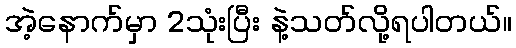
အဲ့နောက်မှာ 2သုံးပြီး နဲ့သတ်လို့ရပါတယ်။